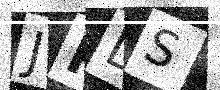
Text: JRDS